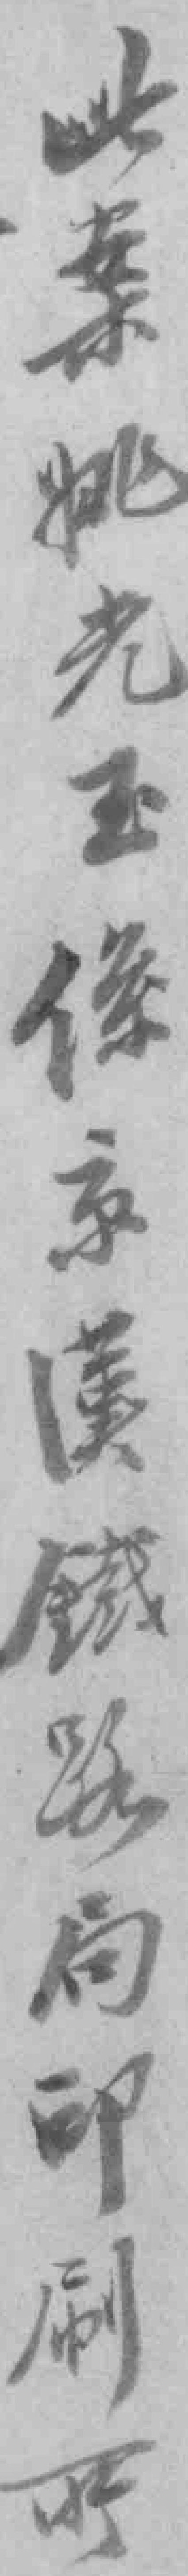
此案姚光玉係京漢鐵路局印刷所